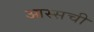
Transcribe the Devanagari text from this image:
आस्सची